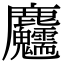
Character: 𪋺